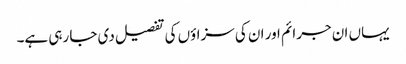
یہاں ان جرائم اور ان کی سزاؤں کی تفصیل دی جا رہی ہے۔